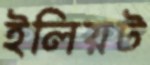
ইলিয়ট